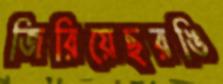
জিরিয়েছরঙি